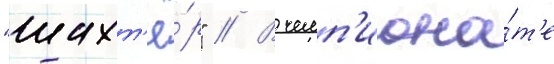
"шахт'ё́р" // В чемп'иона́т'е